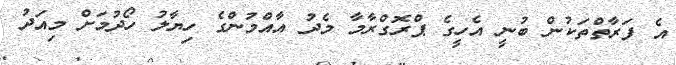
އެ ފަރާތްތަކުން ބުނީ އެހީގެ ޕްރޮގްރާމާ މެދު އާއްމުންގެ ހިޔާލު ހޯދުމަށް މިއަދު